Indian journal of veterinary science and animal husbandry - Volumes 28-29, 1958-1959
Year: 1958
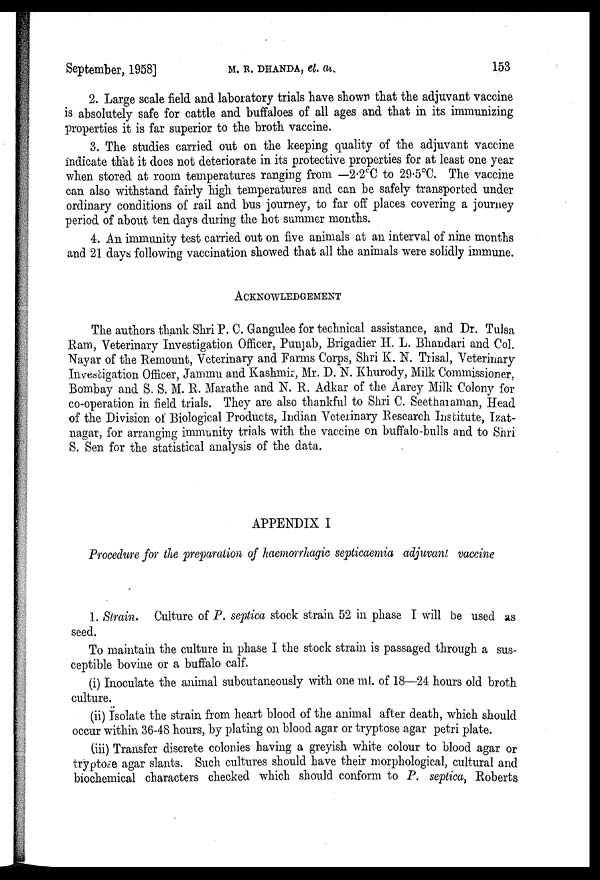
September, 1958]
M.R.DHANDA,
et.
al.
153
2. Large scale field and laboratory trials have shown that the adjuvant vaccine
is absolutely safe for cattle and buffaloes of all ages and that in its immunizing
properties it is far superior to the broth vaccine.
3. The studies carried out on the keeping quality of the adjuvant vaccine
indicate that it does not deteriorate in its protective properties for at least one year
when stored at room temperatures ranging from — 2.2ºC to 29.5°C. The vaccine
can also withstand fairly high temperatures and can be safely transported under
ordinary conditions of rail and bus journey, to far off places covering a journey
period of about ten days during the hot summer months.
4. An immunity test carried out on five animals at an interval of nine months
and 21 days following vaccination showed that all the animals were solidly immune.
ACKNOWLEDGEMENT
The authors thank Shri P. C. Gangulee for technical assistance, and Dr. Tulsa
Ram, Veterinary Investigation Officer, Punjab, Brigadier H. L. Bhandari and Col.
Nayar of the Remount, Veterinary and Farms Corps, Shri K. N. Trisal, Veterinary
Investigation Officer, Jammu and Kashmir, Mr. D. N. Khurody, Milk Commissioner,
Bombay and S. S. M. R. Marathe and N. R. Adkar of the Aarey Milk Colony for
co-operation in field trials. They are also thankful to Shri C. Seetharaman, Head
of the Division of Biological Products, Indian Veterinary Research Institute, Izat-
nagar, for arranging immunity trials with the vaccine on buffalo-bulls and to Shri
S. Sen for the statistical analysis of the data.
APPENDIX I
Procedure for the preparation of haemorrhagic septicaemia adjuvant vaccine
1. Strain. Culture of P. septica stock strain 52 in phase I will be used as
seed.
To maintain the culture in phase I the stock strain is passaged through a sus-
ceptible bovine or a buffalo calf.
(i) Inoculate the animal subcutaneously with one ml. of 18—24 hours old broth
culture.
(ii) Isolate the strain from heart blood of the animal after death, which should
occur within 36-48 hours, by plating on blood agar or tryptose agar petri plate.
(iii) Transfer discrete colonies having a greyish white colour to blood agar or
tryptose agar slants. Such cultures should have their morphological, cultural and
biochemical characters checked which should conform to P. septica, Roberts